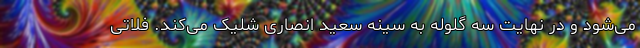
می‌شود و در نهایت سه گلوله به سینه سعید انصاری شلیک می‌کند. فلاتی